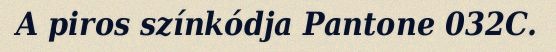
A piros színkódja Pantone 032C.